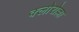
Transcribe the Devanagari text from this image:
क्लोरोल्ला